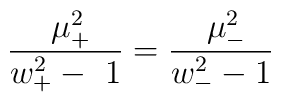
\frac{\ \mu _{+}^2}{w_{+}^2-\ 1}=\frac{\ \mu _{-}^2}{w_{-}^2-1}